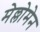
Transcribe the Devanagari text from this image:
मेल्लोमेन